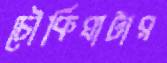
চৌকিঘাটার